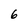
Character: 6